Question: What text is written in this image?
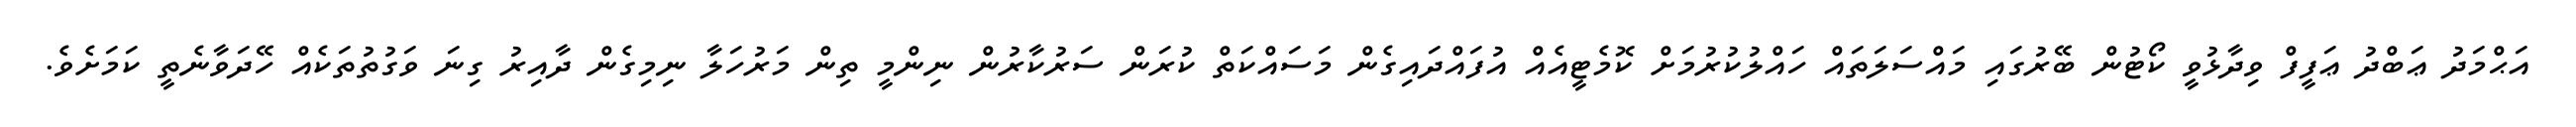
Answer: އަޙްމަދު ޢަބްދު ޢަފީފް ވިދާޅުވީ ކޯޓުން ބޭރުގައި މައްސަލަތައް ހައްލުކުރުމަށް ކޮމެޓީއެއް އުފައްދައިގެން މަސައްކަތް ކުރަން ސަރުކާރުން ނިންމީ ތިން މަރުހަލާ ނިމިގެން ދާއިރު ގިނަ ވަގުތުތަކެއް ހޭދަވާނެތީ ކަމަށެވެ.